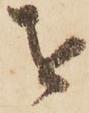
を